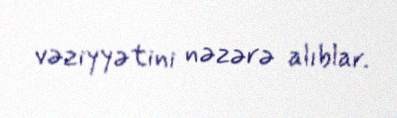
vəziyyətini nəzərə alıblar.